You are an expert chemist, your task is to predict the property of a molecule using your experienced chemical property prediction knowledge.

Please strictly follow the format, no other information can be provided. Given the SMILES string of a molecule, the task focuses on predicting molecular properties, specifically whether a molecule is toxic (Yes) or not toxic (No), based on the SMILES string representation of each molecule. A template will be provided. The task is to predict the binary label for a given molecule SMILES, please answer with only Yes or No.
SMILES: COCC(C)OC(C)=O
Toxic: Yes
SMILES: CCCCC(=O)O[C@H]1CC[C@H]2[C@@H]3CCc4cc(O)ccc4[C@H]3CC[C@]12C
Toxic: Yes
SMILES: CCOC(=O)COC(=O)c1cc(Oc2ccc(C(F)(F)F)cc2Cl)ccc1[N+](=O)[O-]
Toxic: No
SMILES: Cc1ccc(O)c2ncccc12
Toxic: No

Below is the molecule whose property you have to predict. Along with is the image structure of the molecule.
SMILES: CNC(=O)N(C)c1nnc(C(C)(C)C)s1
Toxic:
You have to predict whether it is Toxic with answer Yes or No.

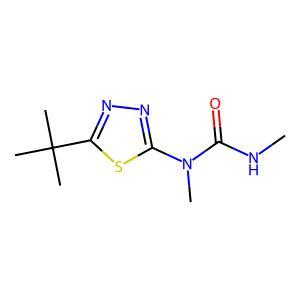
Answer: No